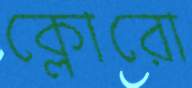
ক্লোরো